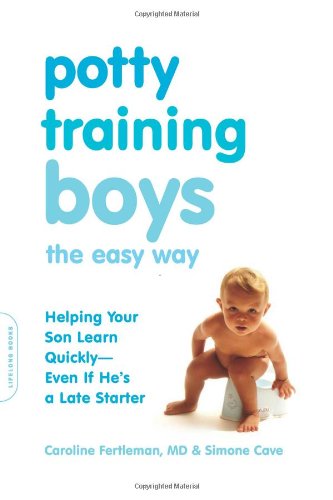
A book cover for Potty Training Boys the Easy Way: Helping Your Son Learn Quickly--Even If He's a Late Starter; Caroline Fertleman; Parenting & Relationships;